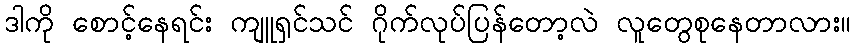
ဒါကို စောင့်နေရင်း ကျူရှင်သင် ဂိုက်လုပ်ပြန်တော့လဲ လူတွေစုနေတာလား။